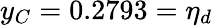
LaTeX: y_{C}=0.2793=\eta_{d}